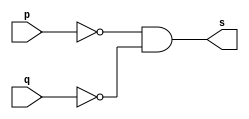
// Exercicio05 - NOR 
// Nome: Marlon Henrique de Azeredo Formiga 
// ------------------------- 
// ------------------------- 
// -- nor gate 
// ------------------------- 
module norgate ( output s, 
						input p, 
						input q); 
assign s = ~p & ~q; 
endmodule // norgate 
// --------------------- 
// -- test nor gate 
// --------------------- 
module testnorgate; 
// ------------------------- dados locais 
reg a, b; // definir registradores 
wire s; // definir conexao (fio) 
// ------------------------- instancia 
norgate NOR1 (s, a, b); 
// ------------------------- preparacao 
initial begin:start 
// atribuicao simultanea dos valores iniciais 
a=0; b=0; 
end 
// ------------------------- parte principal 
initial begin 
$display("Exercicio05 - Marlon Henrique de Azeredo Formiga - 397248"); 
$display("Test NOR gate"); 
$display("\n~(a | b) = s\n"); 
a=0; b=0; 
#1 $display("~(%b | %b) = %b", a, b, s); 
a=0; b=1; 
#1 $display("~(%b | %b) = %b", a, b, s); 
a=1; b=0; 
#1 $display("~(%b | %b) = %b", a, b, s); 
a=1; b=1; 
#1 $display("~(%b | %b) = %b", a, b, s); 
end 
endmodule // testnorgate